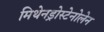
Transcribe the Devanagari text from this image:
मिथेनड्रोस्टेनोलेन